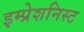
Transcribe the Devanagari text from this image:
इम्प्रेशनिस्ट